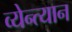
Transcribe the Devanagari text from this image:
व्येन्त्यान